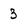
Character: 3